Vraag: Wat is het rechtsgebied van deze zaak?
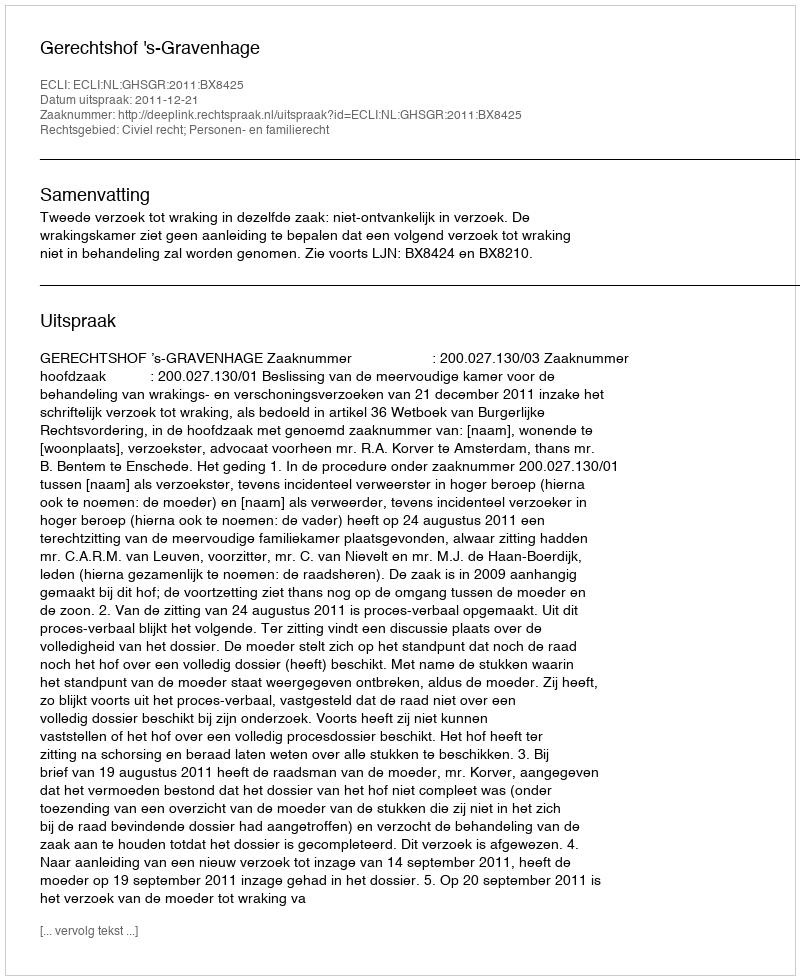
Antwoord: Civiel recht; Personen- en familierecht